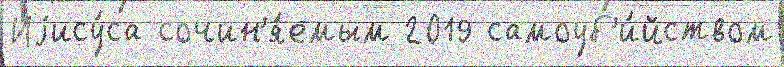
Иjису́са сочин'я́емым 2019 самоуб'и́йством